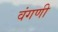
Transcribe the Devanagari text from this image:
वंगणी